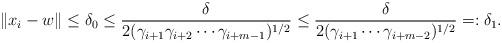
LaTeX: \begin{align*}\|x_i -w\|\leq \delta_0 \leq \frac{\delta}{2(\gamma_{i+1}\gamma_{i+2}\cdots \gamma_{i+m-1})^{1/2}}\leq \frac{\delta}{2(\gamma_{i+1}\cdots\gamma_{i+m-2})^{1/2}} =:\delta_1.\end{align*}